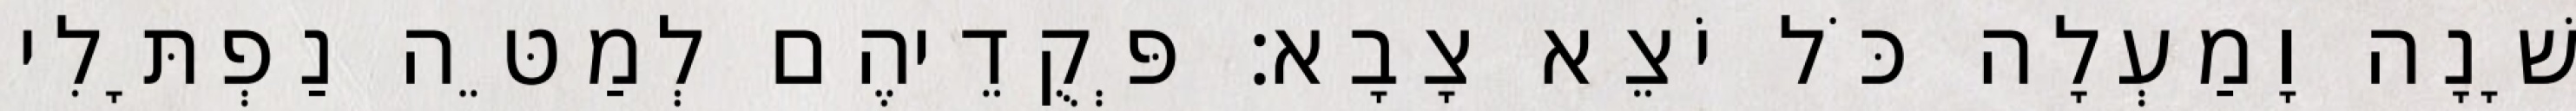
שָׁנָה וָמַעְלָה כֹּל יֹצֵא צָבָא׃ פְּקֻדֵיהֶם לְמַטֵּה נַפְתָּלִי